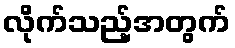
လိုက်သည့်အတွက်